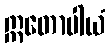
ဣတောပါယံ